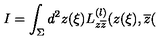
I = \int _ { \Sigma } d ^ { 2 } z ( \xi ) L _ { z \overline { { z } } } ^ { ( l ) } ( z ( \xi ) , \overline { { z } } (